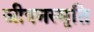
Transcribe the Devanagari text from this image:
जीवनस्मृति